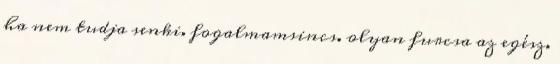
ha nem tudja senki. fogalmamsincs. olyan furcsa az egész.